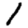
Digit: 1